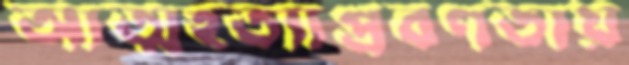
আত্মহত্যাপ্রবণতায়